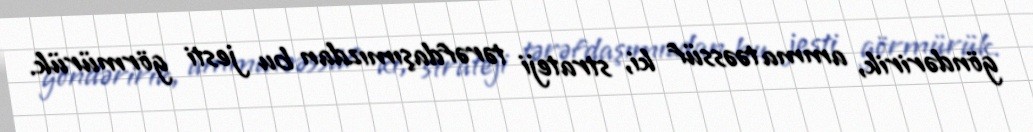
göndəririk, amma təəssüf ki, strateji tərəfdaşımızdan bu jesti görmürük.